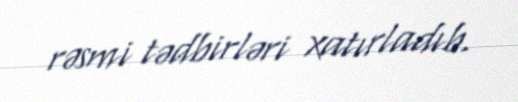
rəsmi tədbirləri xatırladıb.